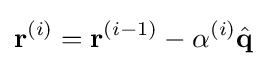
{\mathbf {r}}^{(i)}={\mathbf {r}}^{(i-1)}-\alpha ^{(i)}{\hat {\mathbf {q}}}